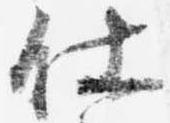
仕